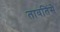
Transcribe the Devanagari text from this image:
तावतिंसे